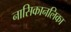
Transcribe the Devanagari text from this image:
नासिकानलिका